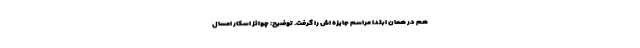
هم در همان ابتدا مراسم جایزه اش را گرفت. توضیح: چوائز اسکار امسال